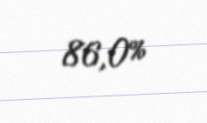
86,0%